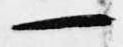
一